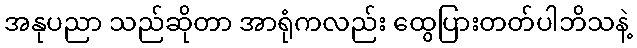
အနုပညာ သည်ဆိုတာ အာရုံကလည်း ထွေပြားတတ်ပါဘိသနဲ့